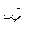
Letter: _dad